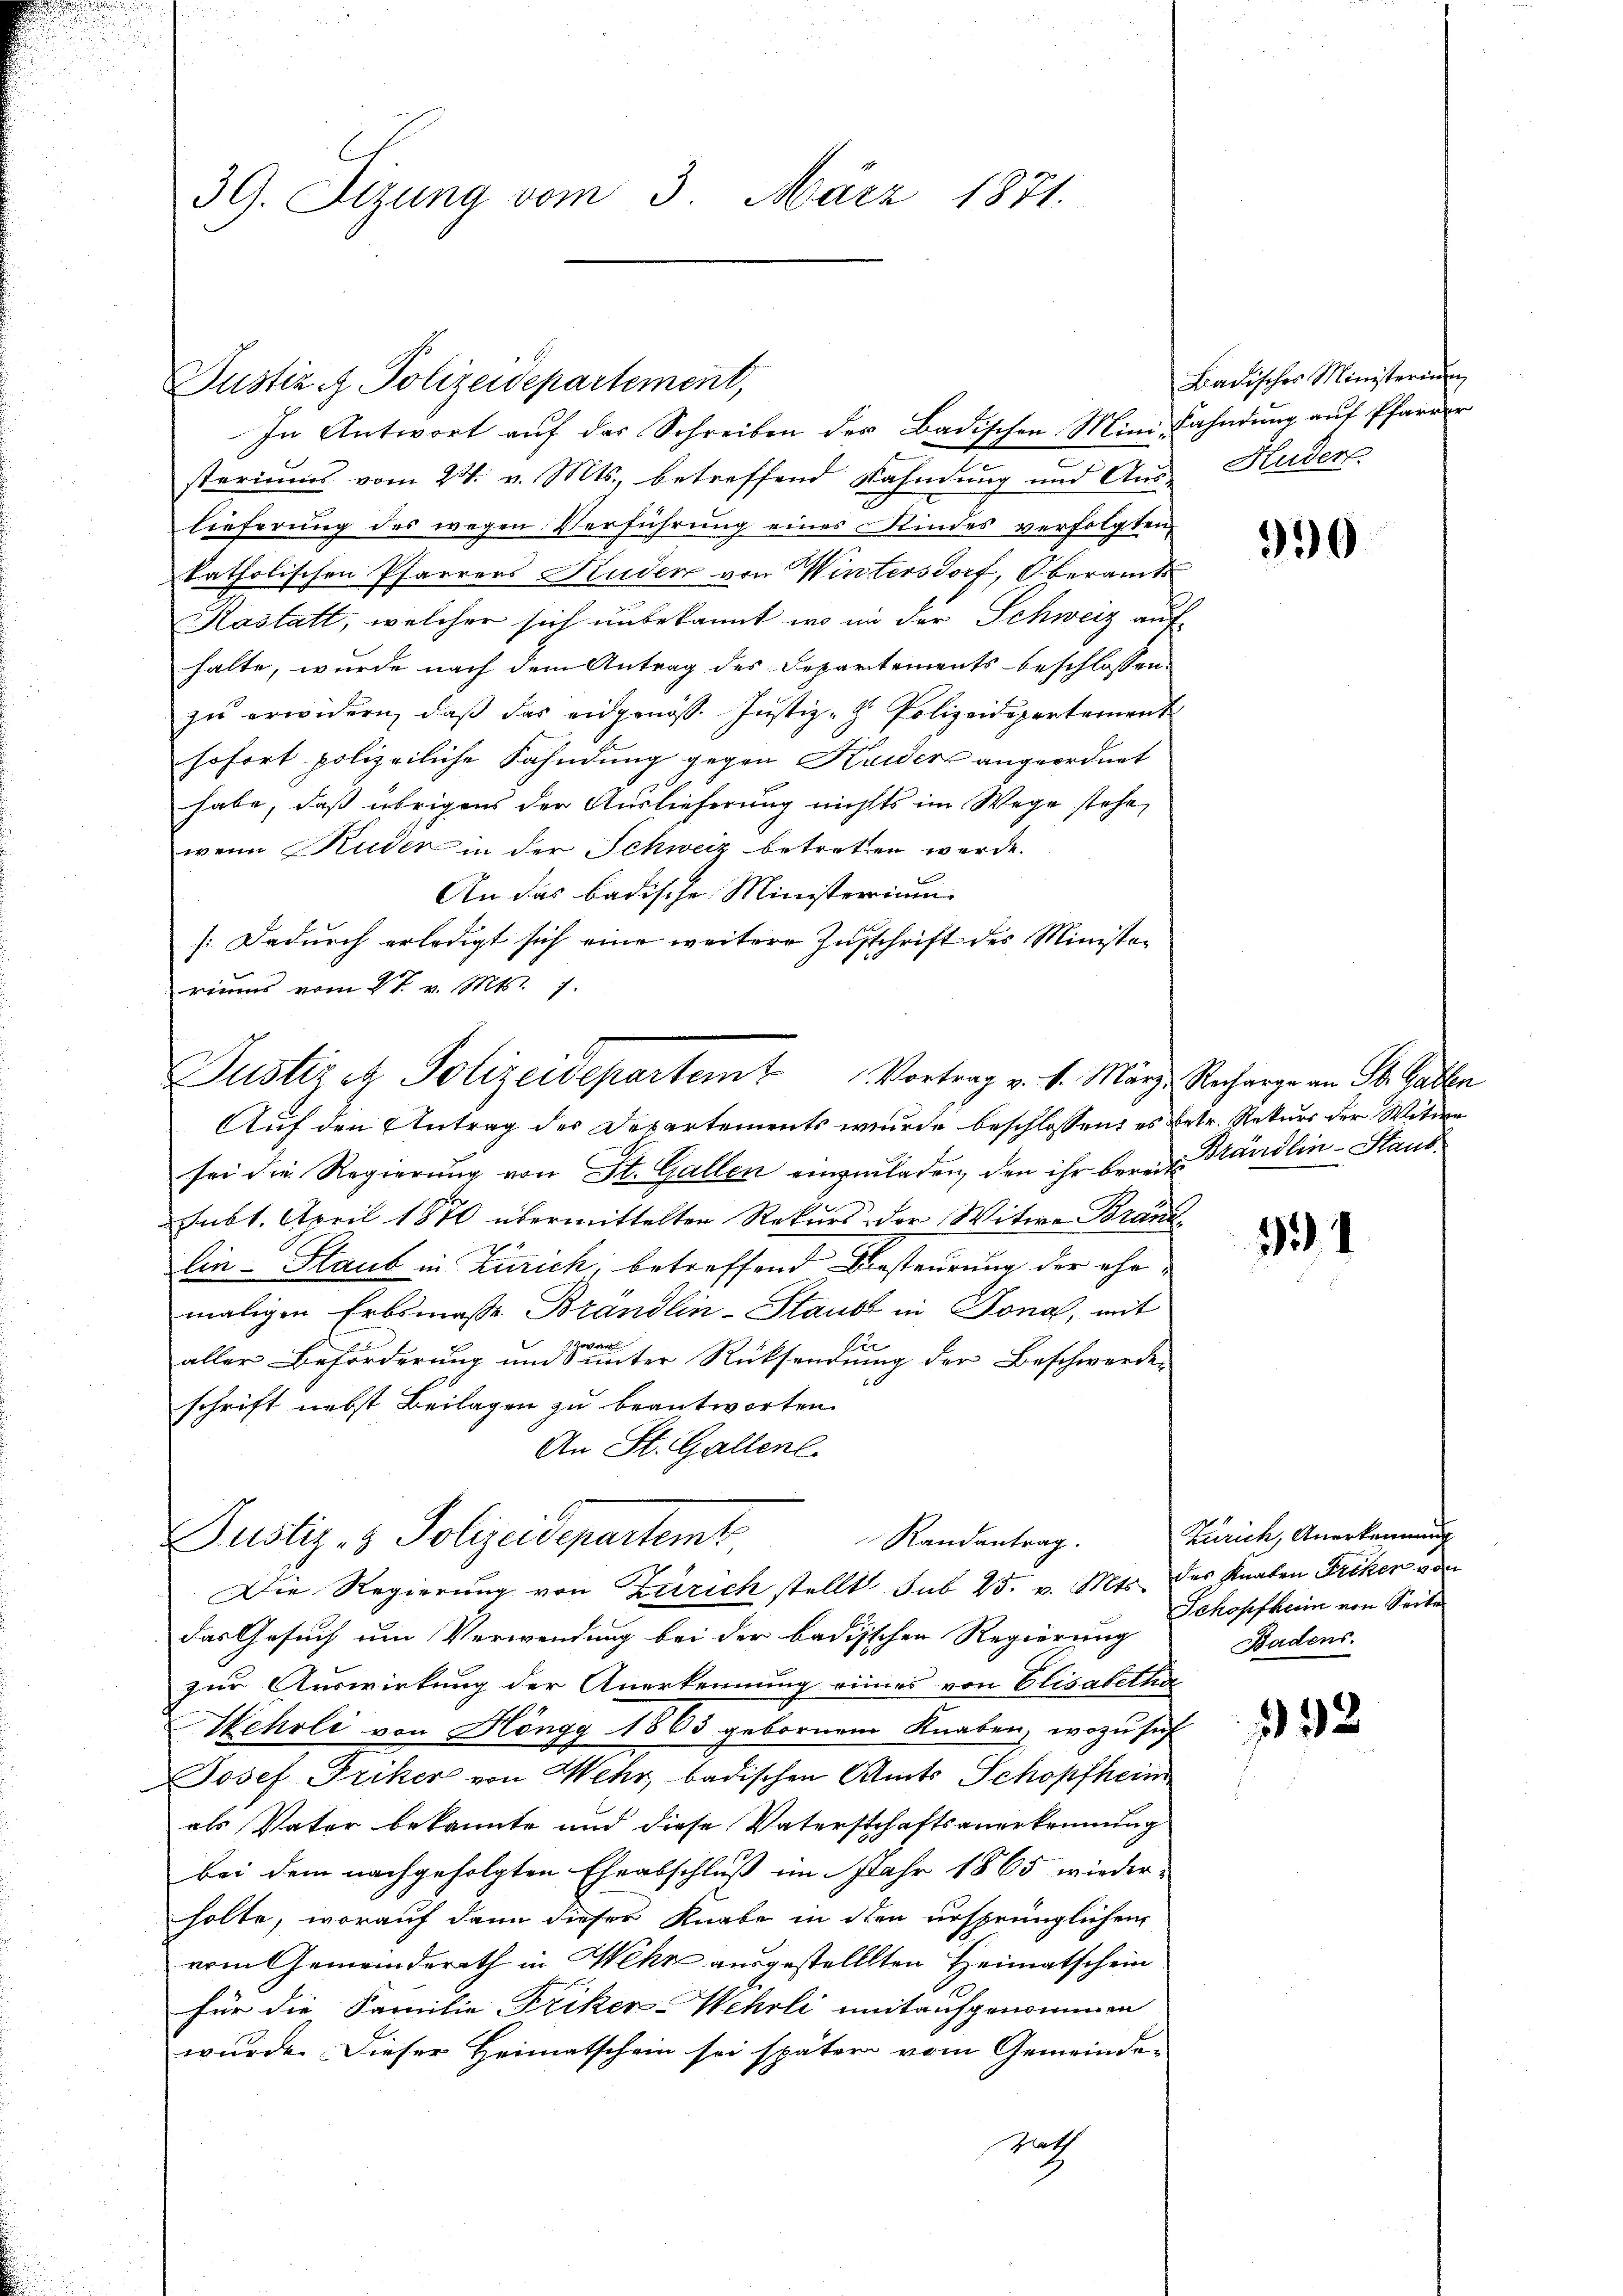
39. Stzung vom 3. März 1871.

In Antwort auf das Schreiben des Badischen Mini, Fahndung auf Pfarre
steriums vom 24. v. Mts., betreffend Kahndung und Aus- Huder
lieferung des wegen Verführung eines Kindes verfolgten
katholischen Pfarrers Huden von Wintersdorf, Oberamts
Kastatt, welcher sich unbekannt, wo in der Schweiz auf
halte, wurde nach dem Antrag des Departements beschlossen:
zu erwidern, daß das eidgenöss. Justiz- & Polizeidepartement
sofort polizeiliche Fahndung gegen Kuiders angeordnet
habe, daß übrigens der Auslieferung nichts im Wege stehe,
wenn Kuder in der Schweiz betreten werde.
An das badische Ministerium
/:Dadurch erledigt sich eine weitere Zuschrift des Ministeries vom 2 t v. Mts. 7.
Auf den Antrag der Departements wurde beschlossen: es betr. Rekurs der Witwe
sei die Regierung von St. Gallen einzuladen, den ihr bereits Brändlin-Staub¬
Mb1. April 1870 übermittelten Rekurs der Witwe Brandlin-Staub in Zürich, betreffend Besteurung der ehemaligen Erbsmasse Brandlin-Staubt in Jona, mit
ros
Ei
aller Beförderung und unter Rücksendung der Beschwerden
schrift nebst Beilagen zu beantworten.
An St. Gallenl
Justiz- & Polizeidepartemt
Randantrag.
Die Regierung von Zürich stellt sub 25. v. Mts. der Knaben Friker von
das Gesuch um Verwendung bei der badischen Regierung
zur Auswirkung der Anerkennung eines von Elisabetha
Wehrli von Höngg 1865 gebornem Knaben, wozu sich
Josef Friker von Wehr, badischen Amts Schopfheim
als Vater bekannte und diese Vaterschaftsanerkennung
bei dem nachgefolgten Eheabschluß im Jahr 1865 wiederholte, worauf dann dieser Knabe in dien ursprünglichen
vom Gemeinderath in Wehr ausgestellten Heimatschein
für die Familie Friker-Wehrli mitaufgenommen
wurde. Dieser Heimatschein sei später vom Gemeinde-
rath

Justiz & Polizeidepartement,

Justiz et Polizeidepartem Vortrag v. 1. Märze Recharge an St. Gallen

Badisches Ministerin

990

31

Zürich, Anerkennung
Schopfkein von Seite
Badens.

32